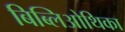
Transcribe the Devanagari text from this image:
बिब्लिओथिका